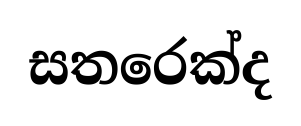
සතරෙක්ද